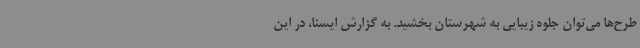
طرح‌ها می‌توان جلوه زیبایی به شهرستان بخشید. به گزارش ایسنا، در این